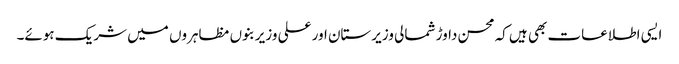
ایسی اطلاعات بھی ہیں کہ محسن داوڑ شمالی وزیرستان اور علی وزیر بنوں مظاہروں میں شریک ہوئے۔